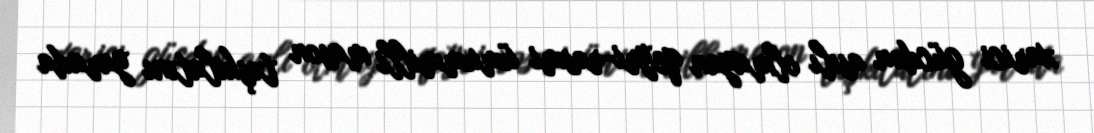
xarici gücdən asılı olmayan qeyri-rəsmi ümummilli mason təşkilatını yarada